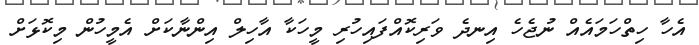
އެހާ ހިތްހަމައެއް ނުޖެހެ އިނދެ ވަރިކޮއްފައިހުރި މީހަކާ އާހިލް އިންނާކަށް އެމީހުން މިކޮޅަށް